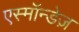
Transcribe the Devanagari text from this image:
एस्मॉन्डेज़